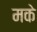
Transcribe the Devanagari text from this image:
मके